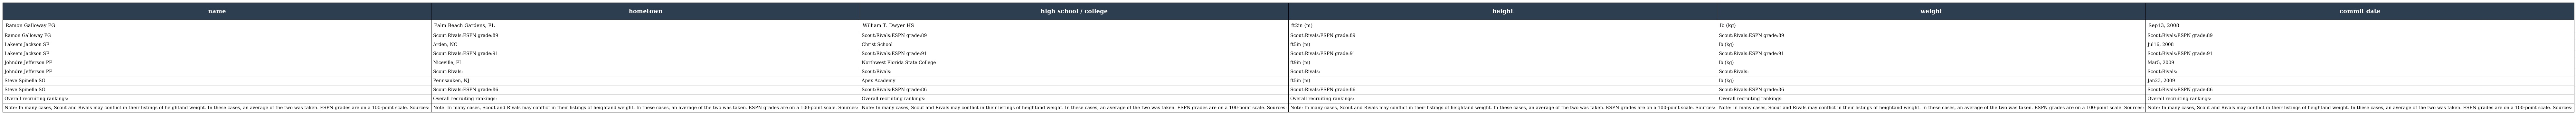
| name | hometown | high school / college | height | weight | commit date |
 | --- | --- | --- | --- | --- | --- |
 | Ramon Galloway PG | Palm Beach Gardens, FL | William T. Dwyer HS | ft2in (m) | lb (kg) | Sep13, 2008 |
 | Ramon Galloway PG | Scout:Rivals:ESPN grade:89 | Scout:Rivals:ESPN grade:89 | Scout:Rivals:ESPN grade:89 | Scout:Rivals:ESPN grade:89 | Scout:Rivals:ESPN grade:89 |
 | Lakeem Jackson SF | Arden, NC | Christ School | ft5in (m) | lb (kg) | Jul16, 2008 |
 | Lakeem Jackson SF | Scout:Rivals:ESPN grade:91 | Scout:Rivals:ESPN grade:91 | Scout:Rivals:ESPN grade:91 | Scout:Rivals:ESPN grade:91 | Scout:Rivals:ESPN grade:91 |
 | Johndre Jefferson PF | Niceville, FL | Northwest Florida State College | ft9in (m) | lb (kg) | Mar5, 2009 |
 | Johndre Jefferson PF | Scout:Rivals: | Scout:Rivals: | Scout:Rivals: | Scout:Rivals: | Scout:Rivals: |
 | Steve Spinella SG | Pennsauken, NJ | Apex Academy | ft5in (m) | lb (kg) | Jan23, 2009 |
 | Steve Spinella SG | Scout:Rivals:ESPN grade:86 | Scout:Rivals:ESPN grade:86 | Scout:Rivals:ESPN grade:86 | Scout:Rivals:ESPN grade:86 | Scout:Rivals:ESPN grade:86 |
 | Overall recruiting rankings: | Overall recruiting rankings: | Overall recruiting rankings: | Overall recruiting rankings: | Overall recruiting rankings: | Overall recruiting rankings: |
 | Note: In many cases, Scout and Rivals may conflict in their listings of heightand weight. In these cases, an average of the two was taken. ESPN grades are on a 100-point scale. Sources: | Note: In many cases, Scout and Rivals may conflict in their listings of heightand weight. In these cases, an average of the two was taken. ESPN grades are on a 100-point scale. Sources: | Note: In many cases, Scout and Rivals may conflict in their listings of heightand weight. In these cases, an average of the two was taken. ESPN grades are on a 100-point scale. Sources: | Note: In many cases, Scout and Rivals may conflict in their listings of heightand weight. In these cases, an average of the two was taken. ESPN grades are on a 100-point scale. Sources: | Note: In many cases, Scout and Rivals may conflict in their listings of heightand weight. In these cases, an average of the two was taken. ESPN grades are on a 100-point scale. Sources: | Note: In many cases, Scout and Rivals may conflict in their listings of heightand weight. In these cases, an average of the two was taken. ESPN grades are on a 100-point scale. Sources: |